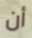
أن